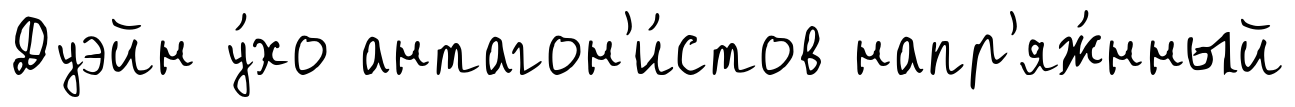
Дуэйн у́хо антагон'и́стов напр'яж́нный